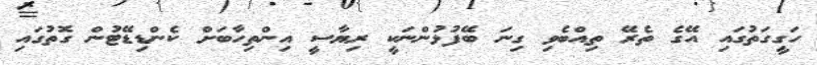
ހަގީގަތުގައި އޭގެ ތެރޭ ތިއްބެވި ގިނަ ބޭފުޅުންނަކީ ރިޔާސީ އިންތިހާބަށް ކެންޑިޑޭޓުން ގޮތުގައި